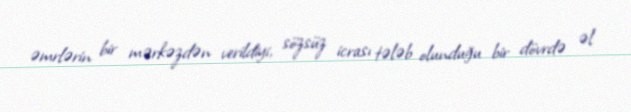
əmrlərin bir mərkəzdən verildiyi, sözsüz icrası tələb olunduğu bir dövrdə əl